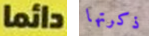
دائما ذكرتها